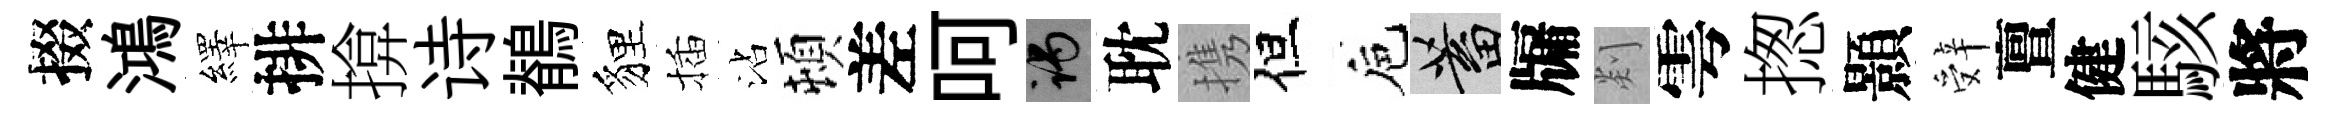
掇鴻繹排揜诗鶺貍插沾頓差呵谒耽携但巵蓄牖剡雩揔顥辤亶健駭將